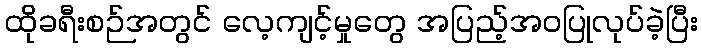
ထိုခရီးစဉ်အတွင် လေ့ကျင့်မှုတွေ အပြည့်အဝပြုလုပ်ခဲ့ပြီး